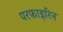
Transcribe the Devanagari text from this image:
परफाइरिन